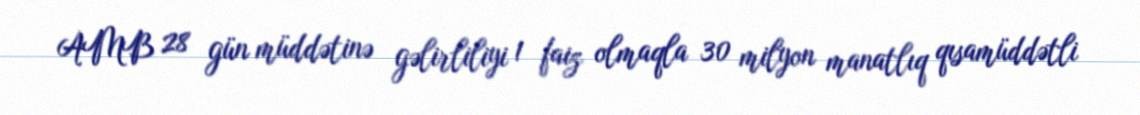
AMB 28 gün müddətinə gəlirliliyi 1 faiz olmaqla 30 milyon manatlıq qısamüddətli